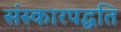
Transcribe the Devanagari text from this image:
संस्कारपद्धति